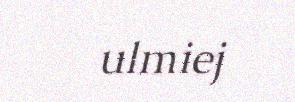
ulmiej